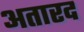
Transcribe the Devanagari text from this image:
अतारद